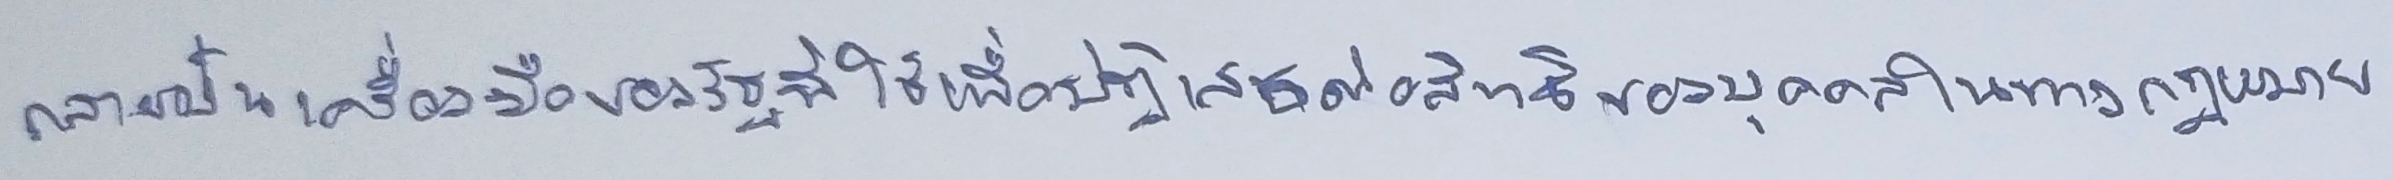
กลายเป็นเครื่องมือของรัฐที่ใช้เพื่อปฏิเสธต่อสิทธิของบุคคลในทางกฎหมาย